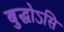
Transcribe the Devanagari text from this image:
बुद्धोऽसि